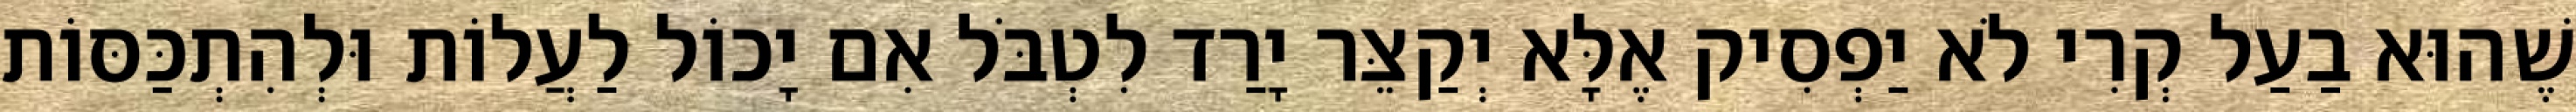
שֶׁהוּא בַעַל קְרִי לֹא יַפְסִיק אֶלָּא יְקַצֵּר יָרַד לִטְבֹּל אִם יָכוֹל לַעֲלוֹת וּלְהִתְכַּסּוֹת